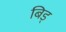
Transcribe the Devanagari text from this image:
बिड्